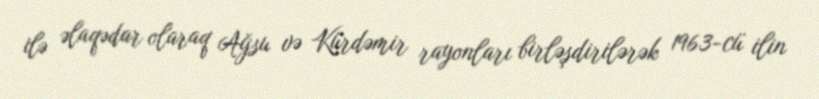
ilə əlaqədar olaraq Ağsu və Kürdəmir rayonları birləşdirilərək 1963-cü ilin